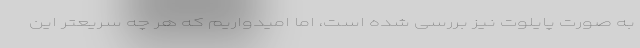
به صورت پایلوت نیز بررسی شده است، اما امیدواریم که هر چه سریعتر این